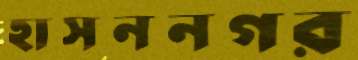
হাসননগর